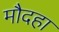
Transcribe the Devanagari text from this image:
मौदहा